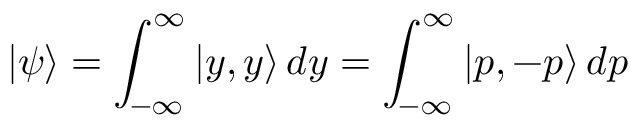
| \psi \rangle = \int _ { - \infty } ^ { \infty } | y , y \rangle \, d y = \int _ { - \infty } ^ { \infty } | p , - p \rangle \, d p